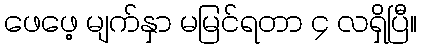
ဖေဖေ့ မျက်နှာ မမြင်ရတာ ၄ လရှိပြီ။